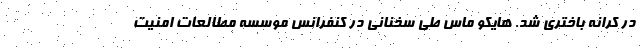
در کرانه باختری شد. هایکو ماس طی سخنانی در کنفرانس موسسه مطالعات امنیت